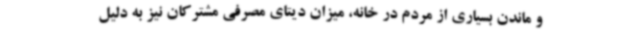
و ماندن بسیاری از مردم در خانه، میزان دیتای مصرفی مشترکان نیز به دلیل